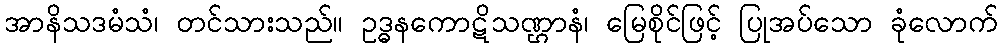
အာနိသဒမံသံ၊ တင်သားသည်။ ဥဒ္ဓနကောဋိသဏ္ဌာနံ၊ မြေစိုင်ဖြင့် ပြုအပ်သော ခုံလောက်